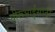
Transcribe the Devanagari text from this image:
धीरूभाईंसाठी